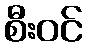
စီးဝင်